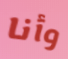
وأنا